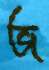
জ